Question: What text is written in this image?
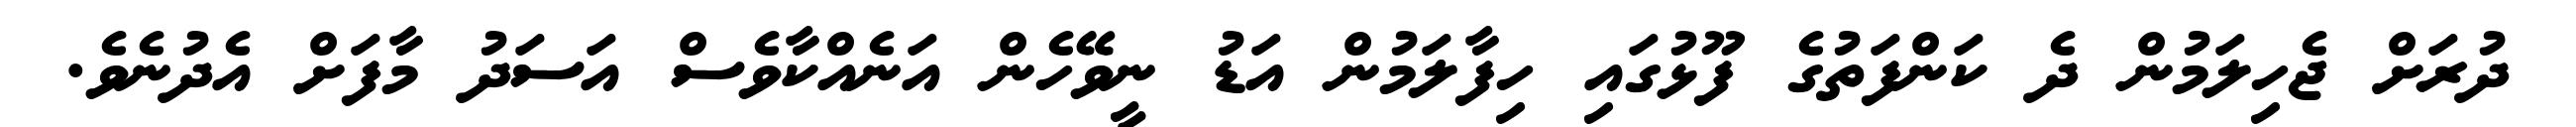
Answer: ދުރަށް ޖެހިލަމުން ދެ ކަންފަތުގެ ފޫޅުގައި ހިފާލަމުން އަޑު ނީވޭހެން އަނެއްކާވެސް އަސަދު މާފަށް އެދުނެވެ.